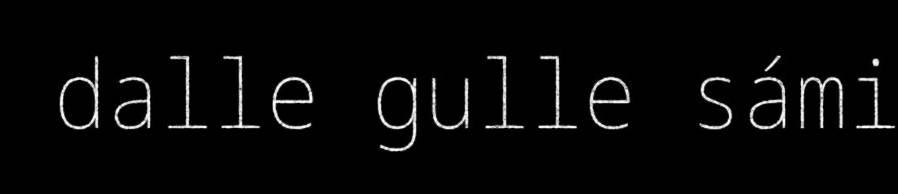
dalle gulle sámi